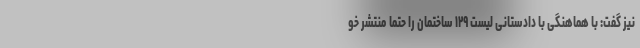
نیز گفت: با هماهنگی با دادستانی لیست ۱۲۹ ساختمان را حتما منتشر خو